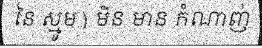
នៃ ស្មូម ) មិន មាន កំណាញ់